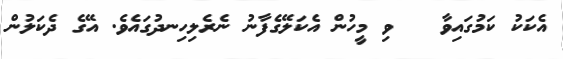
އެކަކު ކަމުގައިވާ   ވި މީހުން އެކަލޭގެފާނު ނެރެލިހިނދުގައެވެ. އޭގެ ދެކަލުން